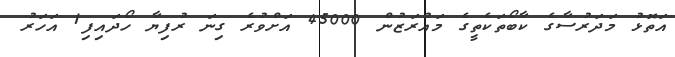
އަތޮޅު މަދަރުސާގެ ކާބޯތަކެތީގެ މައުރަޒުން 45000 އަށްވުރެ ގިނަ ރުފިޔާ ހޯދައިފި1 އަހަރު